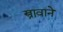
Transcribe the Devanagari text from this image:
स्त्रावाने